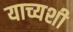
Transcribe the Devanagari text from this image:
याच्यशी